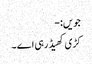
جویں:-
کڑی کھیڈ رہی اے ۔